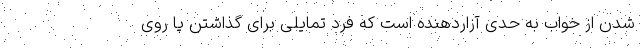
شدن از خواب به حدی آزاردهنده است که فرد تمایلی برای گذاشتن پا روی